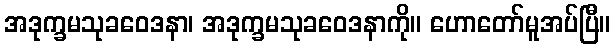
အဒုက္ခမသုခဝေဒနာ၊ အဒုက္ခမသုခဝေဒနာကို။ ဟောတော်မူအပ်ပြီ။